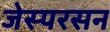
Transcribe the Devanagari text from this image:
जेस्परसन